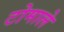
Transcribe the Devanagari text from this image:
टोमाले